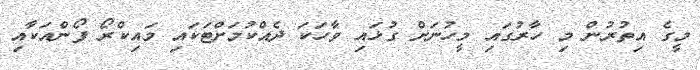
މީގެ އިތުރުން މި ހާރުގައި މީހުނަށް ގުޅައި ވާހަކަ ދެއްކުމަށްޓަކައި މައިކްރޯ ފޯންއަކާއި